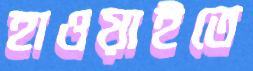
হাওয়াইতে